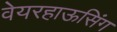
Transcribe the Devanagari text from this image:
वेयरहाऊसिंग